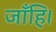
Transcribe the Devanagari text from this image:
जाँहि।